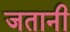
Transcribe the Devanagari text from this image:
जतानी